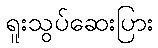
ရူးသွပ်ဆေးပြား